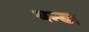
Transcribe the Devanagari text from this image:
थन्डा